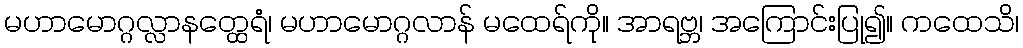
မဟာမောဂ္ဂလ္လာနတ္ထေရံ၊ မဟာမောဂ္ဂလာန် မထေရ်ကို။ အာရဗ္ဘ၊ အကြောင်းပြု၍။ ကထေသိ၊